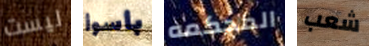
ليست بأسوأ المحكمه شعب